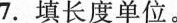
7.填长度单位。